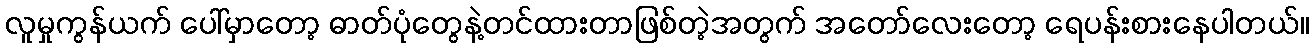
လူမှုကွန်ယက် ပေါ်မှာတော့ ဓာတ်ပုံတွေနဲ့တင်ထားတာဖြစ်တဲ့အတွက် အတော်လေးတော့ ရေပန်းစားနေပါတယ်။